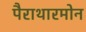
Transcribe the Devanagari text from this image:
पैराथारमोन